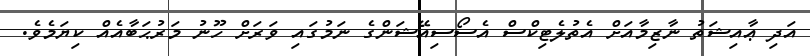
އަދި ޢާއިޝަތު ނާޒިމާއަށް އެތުލެޓިކްސް އެސޯސިއޭޝަންގެ ނަމުގައި ވަރަށް ހޫނު މަރުޙަބާއެއް ކިޔަމެވެ.